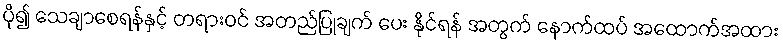
ပို၍ သေချာစေရန်နှင့် တရားဝင် အတည်ပြုချက် ပေး နိုင်ရန် အတွက် နောက်ထပ် အထောက်အထား